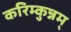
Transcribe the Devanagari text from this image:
करिम्कुन्नम्